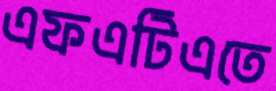
এফএটিএতে